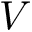
V